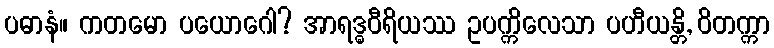
ပဓာနံ။ ကတမော ပယောဂေါ? အာရဒ္ဓဝီရိယဿ ဥပက္ကိလေသာ ပဟီယန္တိ, ဝိတက္ကာ